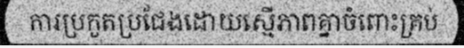
ការប្រកួតប្រជែងដោយស្មើភាពគ្នាចំពោះគ្រប់